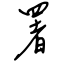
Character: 署